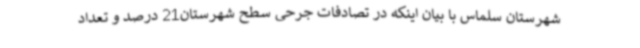
شهرستان سلماس با بیان اینکه در تصادفات جرحی سطح شهرستان21 درصد و تعداد